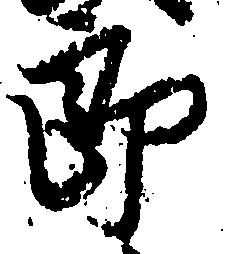
郎